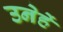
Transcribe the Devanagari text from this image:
उनेहें